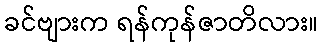
ခင်ဗျားက ရန်ကုန်ဇာတိလား။